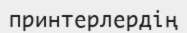
принтерлердің